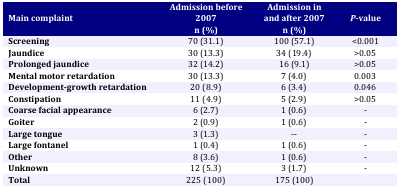
<table><thead><tr><td rowspan="2"><b>Main complaint</b></td><td><b>Admission before 2007</b></td><td><b>Admission in and after 2007</b></td><td rowspan="2"><b><i>P-</i>value</b></td></tr><tr><td><b>n (%)</b></td><td><b>n (%)</b></td></tr></thead><tbody><tr><td><b>Screening</b></td><td>70 (31.1)</td><td>100 (57.1)</td><td>&lt;0.001</td></tr><tr><td><b>Jaundice</b></td><td>30 (13.3)</td><td>34 (19.4)</td><td>&gt;0.05</td></tr><tr><td><b>Prolonged jaundice</b></td><td>32 (14.2)</td><td>16 (9.1)</td><td>&gt;0.05</td></tr><tr><td><b>Mental motor retardation</b></td><td>30 (13.3)</td><td>7 (4.0)</td><td>0.003</td></tr><tr><td><b>Development-growth retardation</b></td><td>20 (8.9)</td><td>6 (3.4)</td><td>0.046</td></tr><tr><td><b>Constipation</b></td><td>11 (4.9)</td><td>5 (2.9)</td><td>&gt;0.05</td></tr><tr><td><b>Coarse facial appearance</b></td><td>6 (2.7)</td><td>1 (0.6)</td><td>-</td></tr><tr><td><b>Goiter</b></td><td>2 (0.9)</td><td>1 (0.6)</td><td>-</td></tr><tr><td><b>Large tongue</b></td><td>3 (1.3)</td><td>--</td><td>-</td></tr><tr><td><b>Large fontanel</b></td><td>1 (0.4)</td><td>1 (0.6)</td><td>-</td></tr><tr><td><b>Other</b></td><td>8 (3.6)</td><td>1 (0.6)</td><td>-</td></tr><tr><td><b>Unknown</b></td><td>12 (5.3)</td><td>3 (1.7)</td><td>-</td></tr><tr><td><b>Total</b></td><td>225 (100)</td><td>175 (100)</td><td></td></tr></tbody></table>